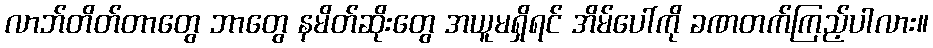
လာဘ်တိတ်တာတွေ ဘာတွေ နမိတ်ဆိုးတွေ အယူမရှိရင် အိမ်ပေါ်ကို ခဏတက်ကြည့်ပါလား။